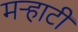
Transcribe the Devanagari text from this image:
मर्‍हाटी